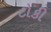
ટોકી